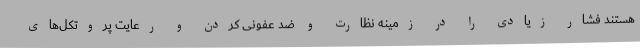
هستند فشار زیادی را در زمینه نظارت و ضد عفونی کردن و رعایت پروتکل‌های